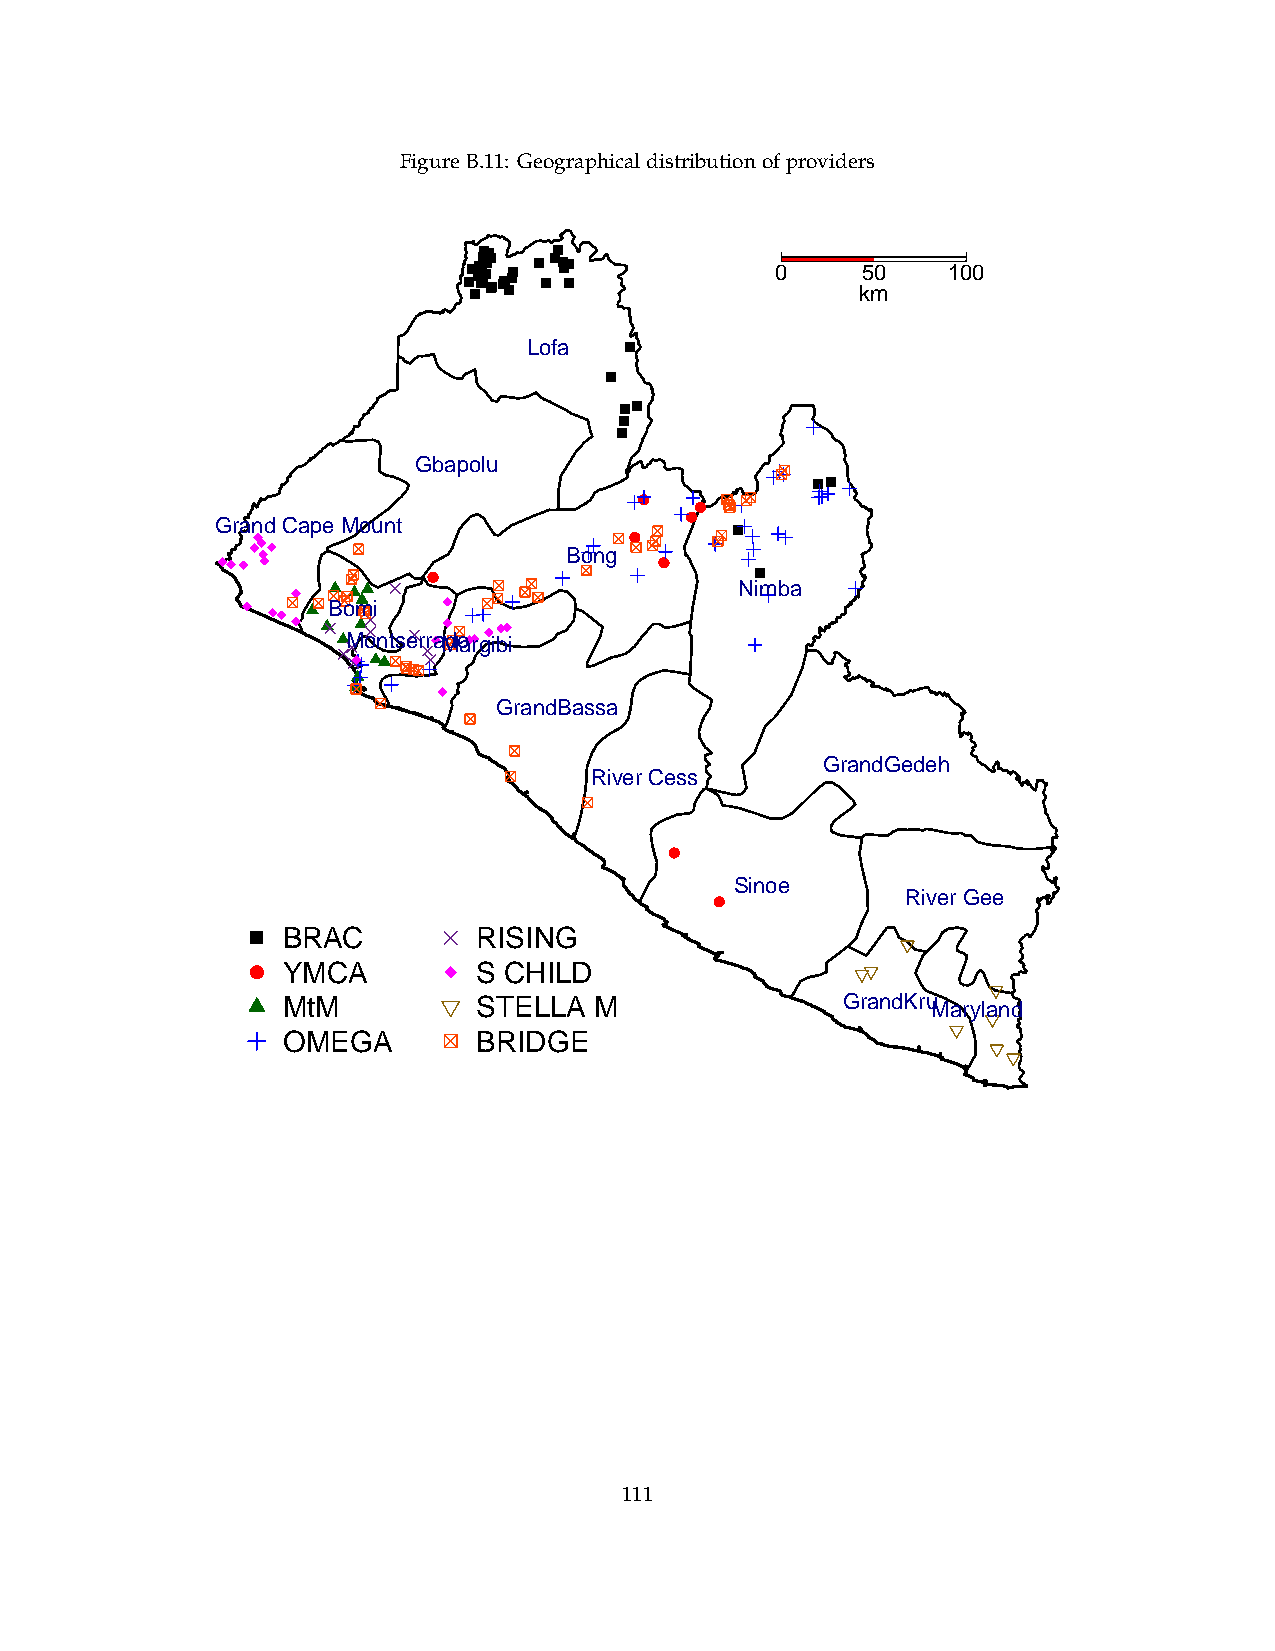
FigureB.11: Geographicaldistributionofproviders
 0     50    100
 km
 Lofa
 Gbapolu
 l
 l
 l
 Grand Cape Mount
 l
 Bong
 l
 l
 Nimba
 Bomi
 MontserraMdoargibi
 GrandBassa
 GrandGedeh
 River Cess
 l
 Sinoe
 l            River Gee
 BRAC         RISING
 l YMCA         S CHILD
 MtM          STELLA M                GrandKru Maryland
 OMEGA        BRIDGE
 111